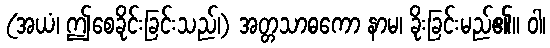
(အယံ၊ ဤစေခိုင်းခြင်းသည်၊) အတ္တသာဓကော နာမ၊ ခိုးခြင်းမည်၏။ ဝါ၊